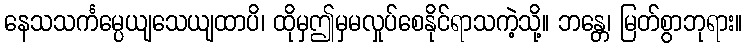
နေသသင်္ကမ္ပေယျသေယျထာပိ၊ ထိုမှဤမှမလှုပ်စေနိုင်ရာသကဲ့သို့။ ဘန္တေ၊ မြတ်စွာဘုရား။